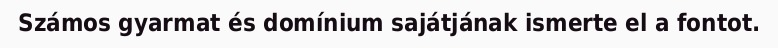
Számos gyarmat és domínium sajátjának ismerte el a fontot.